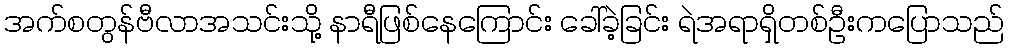
အက်စတွန်ဗီလာအသင်းသို့ နာရီဖြစ်နေကြောင်း ခေါ်ခဲ့ခြင်း ရဲအရာရှိတစ်ဦးကပြောသည်